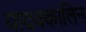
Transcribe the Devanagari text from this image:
यादवकालिन